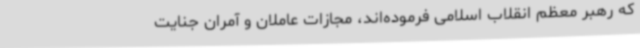
که رهبر معظم انقلاب اسلامی فرموده‌اند، مجازات عاملان و آمران جنایت